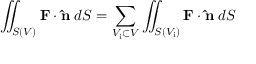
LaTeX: \iint _ { S ( V ) } \mathbf { F } \cdot \mathbf { \hat { n } } \; d S = \sum _ { V _ { \mathrm { i } } \subset V } \iint _ { S ( V _ { \mathrm { i } } ) } \mathbf { F } \cdot \mathbf { \hat { n } } \; d S